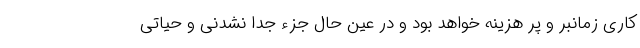
کاری زمانبر و پر هزینه خواهد بود و در عین حال جزء جدا نشدنی و حیاتی